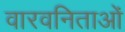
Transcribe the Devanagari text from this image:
वारवनिताओं